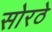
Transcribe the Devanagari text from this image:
सोरठे